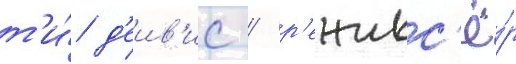
т'и́ д'еив'ис / р'ежисс'ё́р